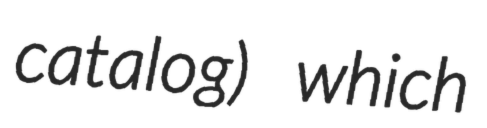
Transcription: catalog) which